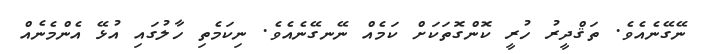
ނޭގޭނެއެވެ. ތަޤްދީރު ހުރީ ކޮންގޮތަކަށް ކަމެއް ނޭނގޭނެއެވެ. ނިކަމެތި ހާލުގައި އުޅޭ އެންމެނެއް